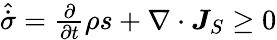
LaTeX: \begin{array}{r}{\hat{\dot{\sigma}}=\frac{\partial}{\partial t}\rho s+\nabla\cdot\boldsymbol{J}_{S}\ge 0}\end{array}